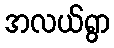
အလယ်ရွာ